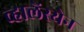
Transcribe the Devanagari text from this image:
व्हालेंस्येन